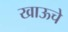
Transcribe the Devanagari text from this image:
खाऊचे